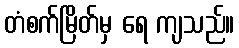
တံစက်မြိတ်မှ ရေ ကျသည်။